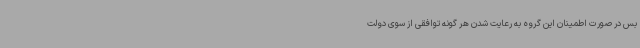
بس در صورت اطمینان این گروه به رعایت شدن هر گونه توافقی از سوی دولت